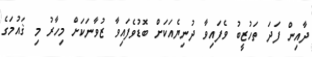
ދާއިން ފަދަ ތަހުޒީބު ވެފައިވާ ދުނިޔެއަކަށް ބޮޑުވެފައިވާ ޒުވާނަކަށް މިހާރު މި ޤައުމަގެ